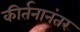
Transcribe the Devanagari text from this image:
कीर्तनानंतर